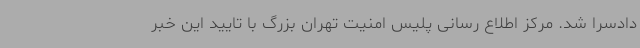
دادسرا شد. مرکز اطلاع رسانی پلیس امنیت تهران بزرگ با تایید این خبر